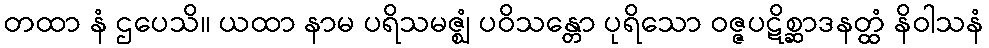
တထာ နံ ဌပေသိ။ ယထာ နာမ ပရိသမဇ္ဈံ ပဝိသန္တော ပုရိသော ဝဇ္ဇပဋိစ္ဆာဒနတ္ထံ နိဝါသနံ